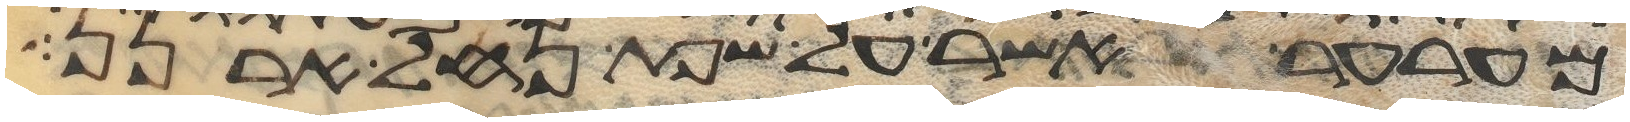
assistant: מערער אשר על שפת נחל ארנן